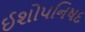
ઈશોપનિષદ